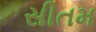
સીતમ